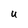
Character: u